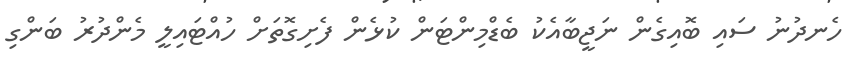
ހެނދުނު ސައި ބޮއިގެން ނަޖީބާއެކު ބެޑްމިންޓަން ކުޅެން ފެށިގޮތަށް ހުއްޓައިލީ މެންދުރު ބަންގި